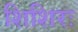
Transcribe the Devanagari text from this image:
शिशिरः